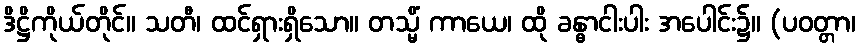
ဒိဋ္ဌိကိုယ်တိုင်။ သတီ၊ ထင်ရှားရှိသော။ တသ္မိံ ကာယေ၊ ထို ခန္ဓာငါးပါး အပေါင်း၌။ (ပဝတ္တာ၊